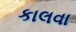
કાલવા